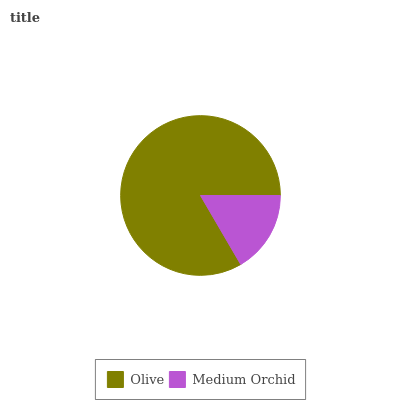
| Olive | Medium Orchid |
 | --- | --- |
 | 83.4% | 16.6% |